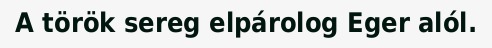
A török sereg elpárolog Eger alól.